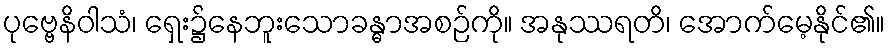
ပုဗ္ဗေနိဝါသံ၊ ရှေး၌နေဘူးသောခန္ဓာအစဉ်ကို။ အနုဿရတိ၊ အောက်မေ့နိုင်၏။